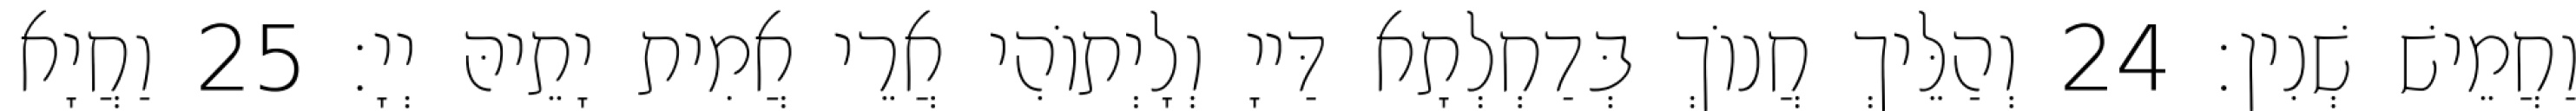
וַחֲמֵישׁ שְׁנִין׃ 24 וְהַלֵּיךְ חֲנוֹךְ בְּדַחְלְתָא דַּייָ וְלָיְתוֹהִי אֲרֵי אֲמִית יָתֵיהּ יְיָ׃ 25 וַחֲיָא